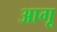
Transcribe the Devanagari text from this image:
आगू